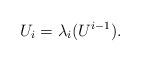
LaTeX: \begin{align*}U_i = \lambda_i(U^{i-1}). \end{align*}